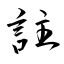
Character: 註